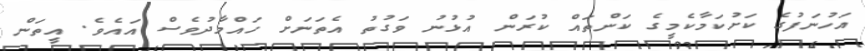
އަހުނަފުގެ ކަށުކަމާކެމީގެ ކަންތައް ކުރަން އުޅުނު ވަގުތު އެތަނަށް ހައްމާދުވެސް އައެވެ. އީތަން